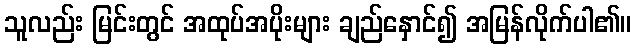
သူလည်း မြင်းတွင် အထုပ်အပိုးများ ချည်နှောင်၍ အမြန်လိုက်ပါ၏။